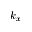
k _ { x }